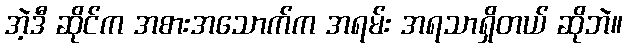
အဲ့ဒီ ဆိုင်က အစားအသောက်က အရမ်း အရသာရှိတယ် ဆိုဘဲ။